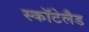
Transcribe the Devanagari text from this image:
स्कॉटेलैड